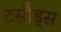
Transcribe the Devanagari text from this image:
टसौड्स